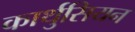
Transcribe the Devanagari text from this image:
कार्थुसियन